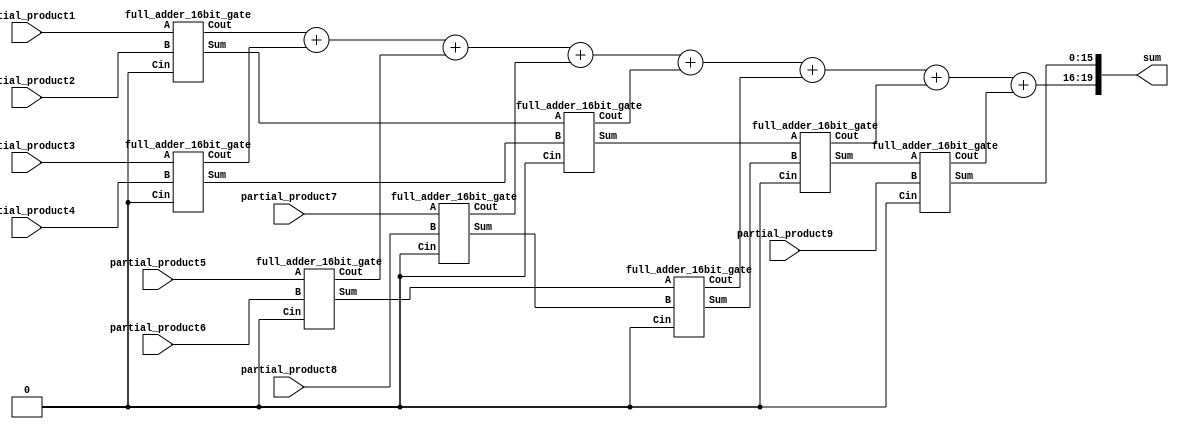
`timescale 1ns / 1ps
//////////////////////////////////////////////////////////////////////////////////
// Company: 
// Engineer: 
// 
// Design Name: 
// Module Name: adder_tree
// Project Name: 
// Target Devices: 
// Tool Versions: 
// Description: 
// 
// Dependencies: 
// 
// Revision:
// Revision 0.01 - File Created
// Additional Comments:
// 
//////////////////////////////////////////////////////////////////////////////////


module adder_tree (
  input [15:0] partial_product1, // Nine aligned 16-bit partial products
  input [15:0] partial_product2,
  input [15:0] partial_product3,
  input [15:0] partial_product4,
  input [15:0] partial_product5,
  input [15:0] partial_product6,
  input [15:0] partial_product7,
  input [15:0] partial_product8,
  input [15:0] partial_product9,
  output [19:0] sum // 20-bit sum
);
wire [15:0] s1, s2, s3, s4, s5, s6, s7, s8;
wire c1, c2, c3, c4, c5, c6, c7, c8; 
wire [3:0] carry;
//// Level 1
full_adder_16bit_gate fa0 (.A(partial_product1), .B(partial_product2), .Cin(1'b0), .Sum(s1), .Cout(c1));
full_adder_16bit_gate fa1 (.A(partial_product3), .B(partial_product4), .Cin(1'b0), .Sum(s2), .Cout(c2));
full_adder_16bit_gate fa2 (.A(partial_product5), .B(partial_product6), .Cin(1'b0), .Sum(s3), .Cout(c3));
full_adder_16bit_gate fa3 (.A(partial_product7), .B(partial_product8), .Cin(1'b0), .Sum(s4), .Cout(c4));
////// Level 2
full_adder_16bit_gate fa4 (.A(s1), .B(s2), .Cin(1'b0), .Sum(s5), .Cout(c5));
full_adder_16bit_gate fa5 (.A(s3), .B(s4), .Cin(1'b0), .Sum(s6), .Cout(c6));
////// Level 3
full_adder_16bit_gate fa6 (.A(s5), .B(s6), .Cin(1'b0), .Sum(s7), .Cout(c7));
//////Level 4
full_adder_16bit_gate fa7 (.A(s7), .B(partial_product9), .Cin(1'b0), .Sum(s8), .Cout(c8));
assign carry = c1 +c2+ c3+ c4 + c5 + c6 + c7+ c8;
assign sum = {carry, s8};
endmodule



module full_adder_16bit_gate (
  input [15:0] A,
  input [15:0] B,
  input Cin,
  output [15:0] Sum,
  output Cout);
wire [14:0] C;
full_adder_1bit fa1(.A(A[0]), .B(B[0]), .Cin(Cin), .Sum (Sum[0]), .Cout(C[0]));
full_adder_1bit fa2(.A(A[1]), .B(B[1]), .Cin(C[0]), .Sum (Sum[1]), .Cout(C[1]));
full_adder_1bit fa3(.A(A[2]), .B(B[2]), .Cin(C[1]), .Sum (Sum[2]), .Cout(C[2]));
full_adder_1bit fa4(.A(A[3]), .B(B[3]), .Cin(C[2]), .Sum (Sum[3]), .Cout(C[3]));
full_adder_1bit fa5(.A(A[4]), .B(B[4]), .Cin(C[3]), .Sum (Sum[4]), .Cout(C[4]));
full_adder_1bit fa6(.A(A[5]), .B(B[5]), .Cin(C[4]), .Sum (Sum[5]), .Cout(C[5]));
full_adder_1bit fa7(.A(A[6]), .B(B[6]), .Cin(C[5]), .Sum (Sum[6]), .Cout(C[6]));
full_adder_1bit fa8(.A(A[7]), .B(B[7]), .Cin(C[6]), .Sum (Sum[7]), .Cout(C[7]));
full_adder_1bit fa9(.A(A[8]), .B(B[8]), .Cin(C[7]), .Sum (Sum[8]), .Cout(C[8]));
full_adder_1bit fa10(.A(A[9]), .B(B[9]), .Cin(C[8]), .Sum (Sum[9]), .Cout(C[9]));
full_adder_1bit fa11(.A(A[10]), .B(B[10]), .Cin(C[9]), .Sum (Sum[10]), .Cout(C[10]));
full_adder_1bit fa12(.A(A[11]), .B(B[11]), .Cin(C[10]), .Sum (Sum[11]), .Cout(C[11]));
full_adder_1bit fa13(.A(A[12]), .B(B[12]), .Cin(C[11]), .Sum (Sum[12]), .Cout(C[12]));
full_adder_1bit fa14(.A(A[13]), .B(B[13]), .Cin(C[12]), .Sum (Sum[13]), .Cout(C[13]));
full_adder_1bit fa15(.A(A[14]), .B(B[14]), .Cin(C[13]), .Sum (Sum[14]), .Cout(C[14]));
full_adder_1bit fa16(.A(A[15]), .B(B[15]), .Cin(C[14]), .Sum (Sum[15]), .Cout(Cout));
endmodule
module full_adder_1bit(input A, input B, input Cin, output Sum, output Cout);

assign Sum = A^B^Cin;
assign Cout = ((A^B)&Cin) | (A&B);
endmodule